Jaan_Tonisson_(Lasteleht), lk 390
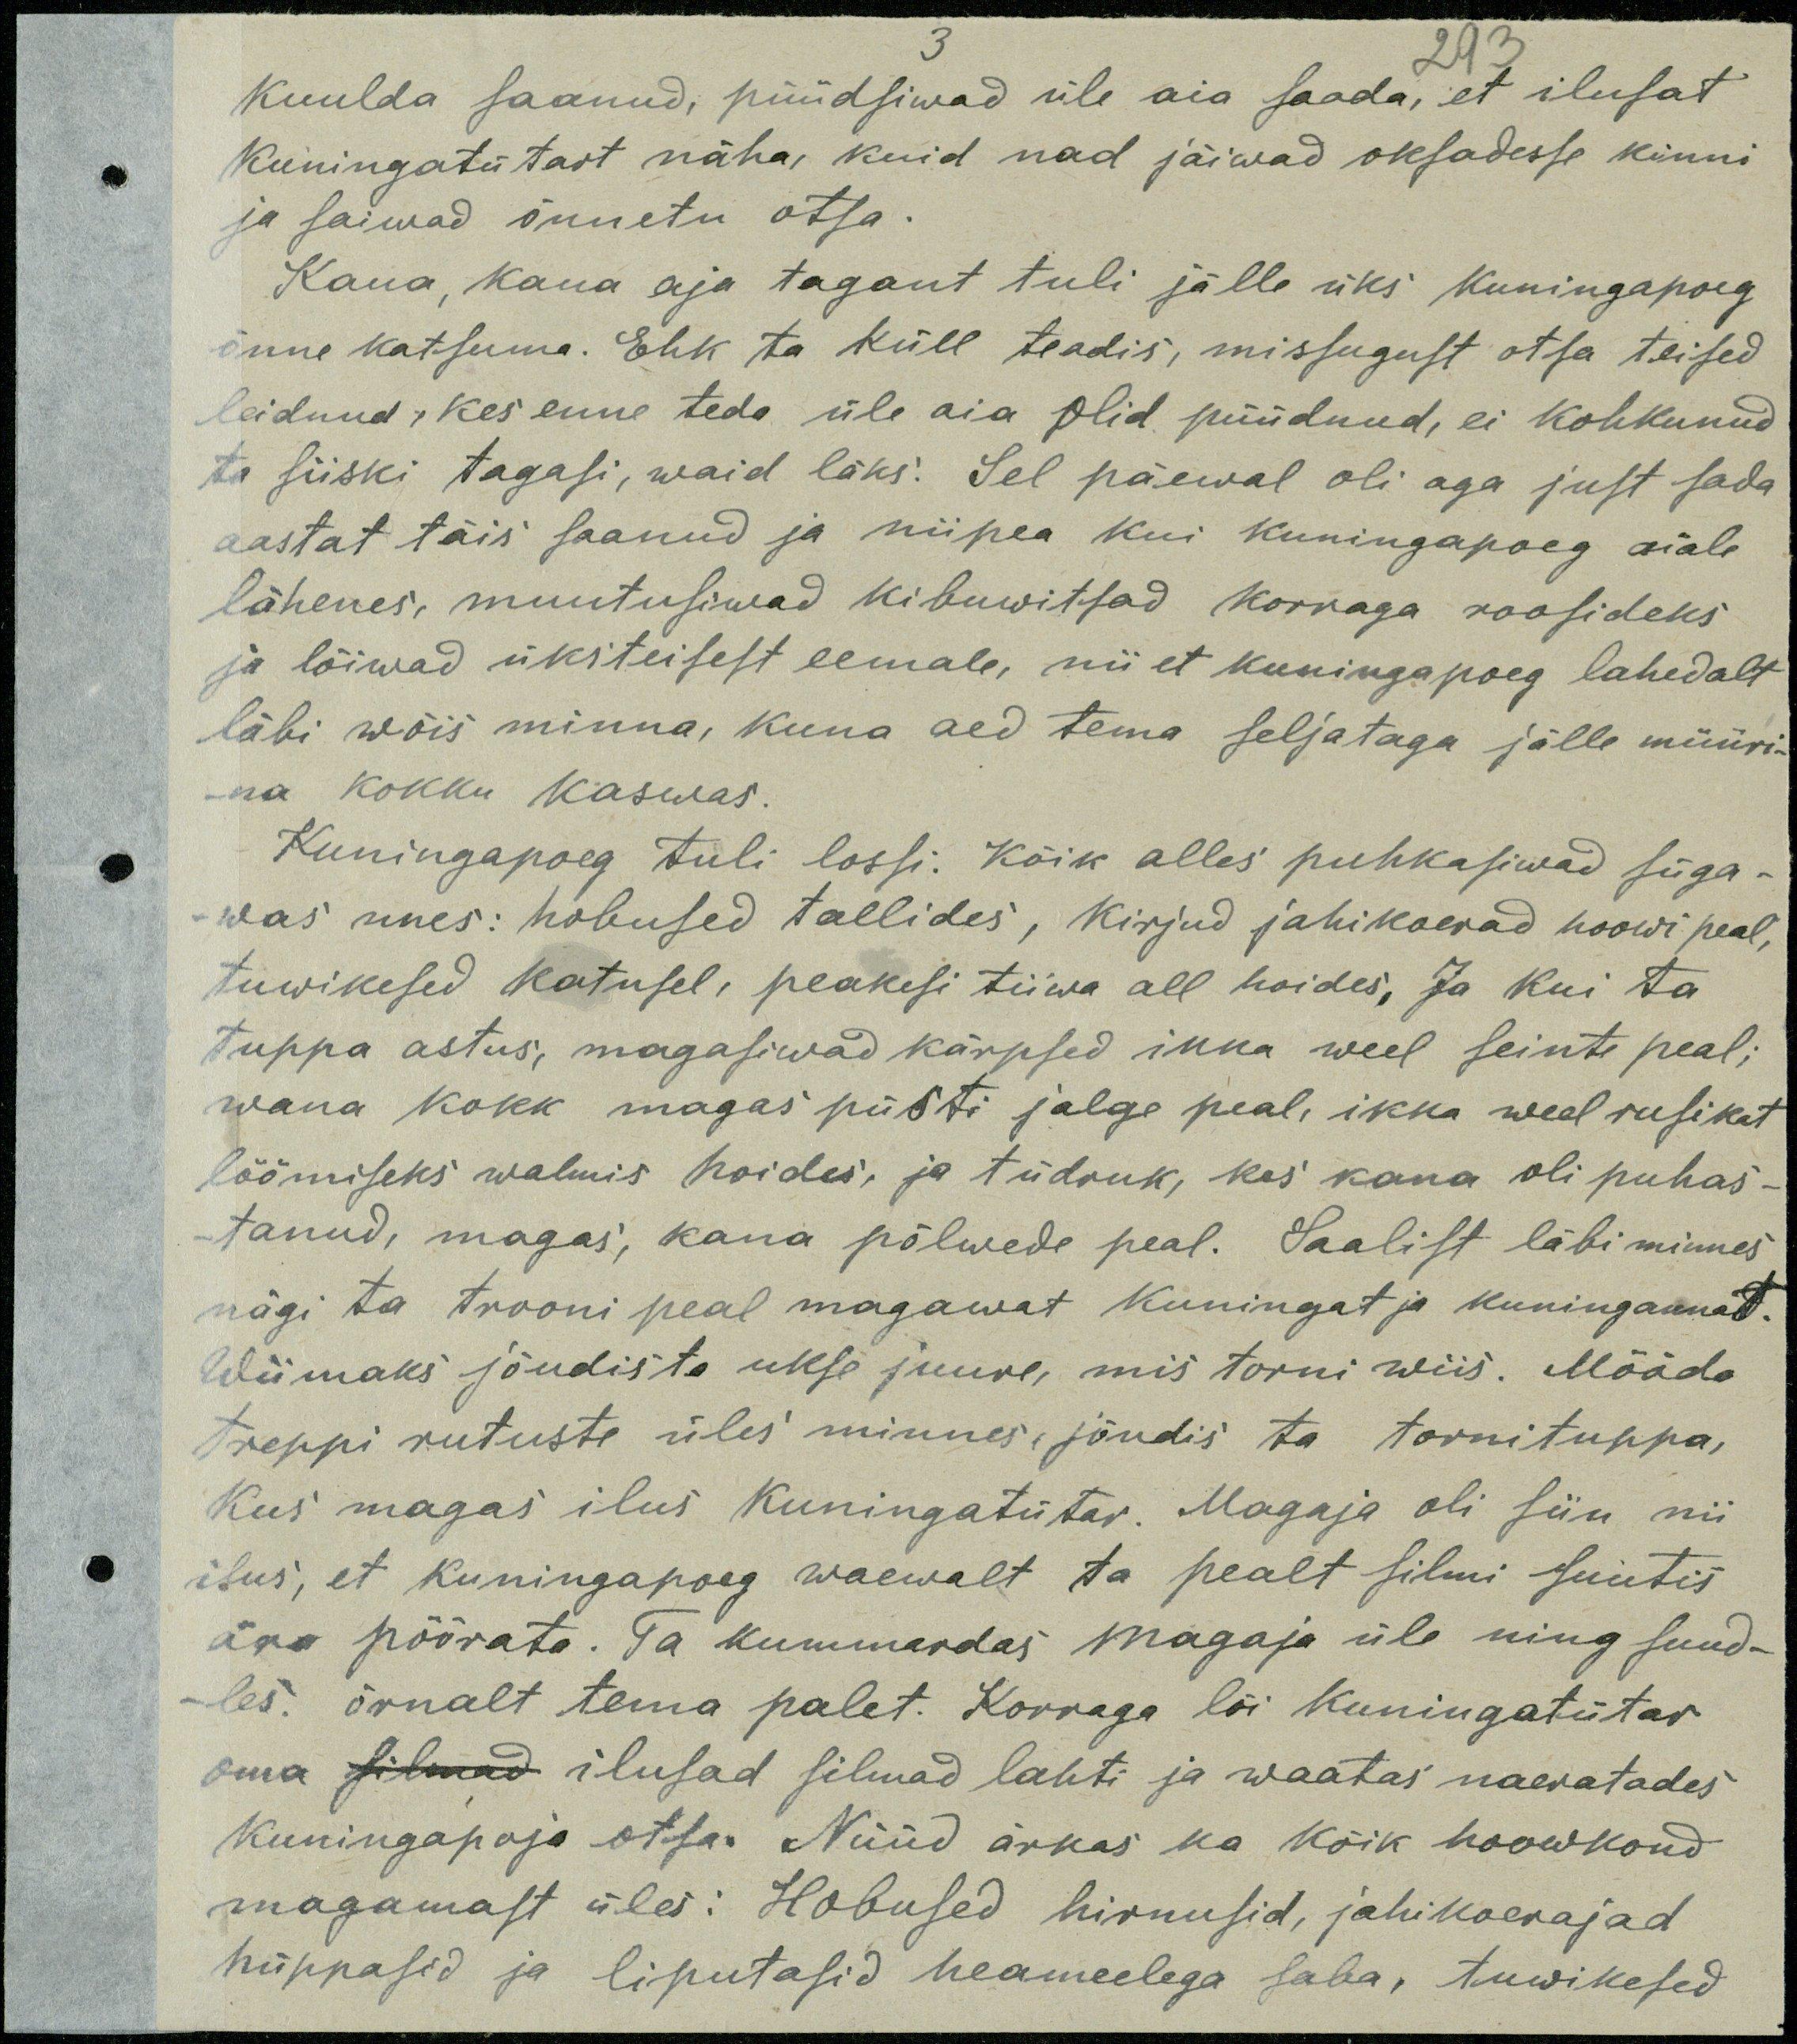
3
293
kuulda saanud, püüdsiwad üle aia saada, et ilusat
Kuningatütart näha, kuid nad jäiwad oksadesse kinni
ja saiwad õnnetu otsa.
Kaua, kaua aja tagant tuli jälle üks kuningapoeg
õnne katsuma. Ehk ta küll teadis, missugust otsa teised
leidnud, kes enne teda üle aia olid püüdnud, ei kohkunud
ta siiski tagasi, waid läks. Sel päewal oli aga just sada
aastat täis saanud ja niipea kui kuningapoeg aiale
lähenes, muutusiwad kibuwitsad korraga roosideks.
ja lõiwad üksteisest eemale, nii et kuningapoeg lahedalt
läbi wõis minna, kuna aed tema seljataga jälle müüri-
na kokku kaswas.
Kuningapoeg tuli lossi. Kõik alles puhkasiwad süga-
was unes: hobused tallides, kirjud jahikoerad hoowi peal,
tuwikesed katusel, peakesi tiiwa all hoides, Ja kui ta
tuppa astus, magasiwad kärpsed ikka weel seinte peal,
wana kokk magas püsti jalge peal, ikka weel rusikat
löömiseks walmis hoides, ja tüdruk, kes kaua oli puhas-
tanud, magas, kana põlwede peal. Saalist läbi minnes
nägi ta trooni peal magawat kuningat ja kuningannat.
Wiimaks jõudis ta ukse juure, mis torni wiis. Mööda
treppi rutuste üles minnes, jõudis ta tornituppa,
Kus magas ilus kuningatütar. Magaja oli siin nii
ilus, et kuningapoeg waewalt ta pealt silmi suutis
ära pöörata. Ta kummardas magaja üle ning suud-
les: õrnalt tema palet. Korraga lõi kuningatütar
oma silmad ilusad silmad lahti ja waatas naeratades
Kuningapoja otsa. Nüüd ärkas ka kõik hoowkond
magamast üles: Hobused hirnusid, jahikoerajad
hüppasid ja liputasid heameelega saba, tuwikesed